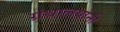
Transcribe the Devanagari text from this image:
ग्रंथालयांनी